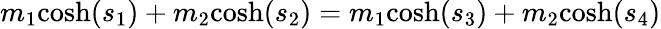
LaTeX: m_{1}{\mathrm{cosh}}(s_{1})+m_{2}{\mathrm{cosh}}(s_{2})=m_{1}{\mathrm{cosh}}(s_{3})+m_{2}{\mathrm{cosh}}(s_{4})